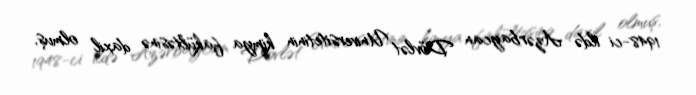
1948-ci ildə Azərbaycan Dövlət Universitetinin kimya fakültəsinə daxil olmuş,